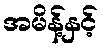
အမိန့်နှင့်